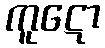
ကူဋော